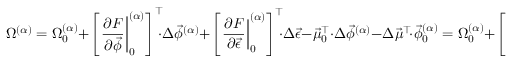
\Omega ^ { ( \alpha ) } = \Omega _ { 0 } ^ { ( \alpha ) } + \left[ \left. \frac { \partial F } { \partial \vec { \phi } } \right| _ { 0 } ^ { ( \alpha ) } \right] ^ { \top } \! \! \cdot \Delta \vec { \phi } ^ { ( \alpha ) } + \left[ \left. \frac { \partial F } { \partial \vec { \epsilon } } \right| _ { 0 } ^ { ( \alpha ) } \right] ^ { \top } \! \! \cdot \Delta \vec { \epsilon } - \vec { \mu } _ { 0 } ^ { \top } \cdot \Delta \vec { \phi } ^ { ( \alpha ) } - \Delta \vec { \mu } ^ { \top } \! \cdot \vec { \phi } _ { 0 } ^ { ( \alpha ) } = \Omega _ { 0 } ^ { ( \alpha ) } + \left[ \left. \frac { \partial F } { \partial \vec { \epsilon } } \right| _ { 0 } ^ { ( \alpha ) } \right] ^ { \top } \! \! \cdot \Delta \vec { \epsilon } - \Delta \vec { \mu } ^ { \top } \! \cdot \vec { \phi } _ { 0 } ^ { ( \alpha ) } ,